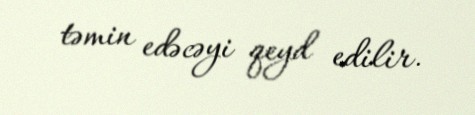
təmin edəcəyi qeyd edilir.